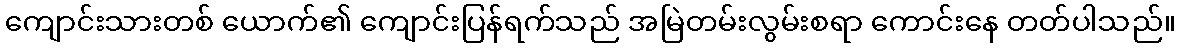
ကျောင်းသားတစ် ယောက်၏ ကျောင်းပြန်ရက်သည် အမြဲတမ်းလွမ်းစရာ ကောင်းနေ တတ်ပါသည်။